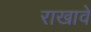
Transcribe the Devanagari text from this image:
राखावे